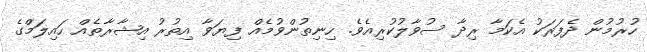
ހުރުމުން ދެފަރަކު އެކަމާ ރިދާ ސުވާލުކުރިއެވެ. ހިނިތުންވުމެއް ފިޔަވާ އިތުރު އިޝާރާތެއް ހައިލަމްގެ